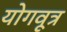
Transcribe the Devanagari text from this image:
योगवूत्र